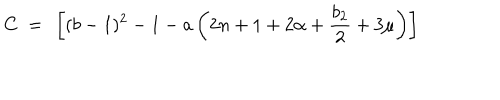
C \ = \ \left[ ( b - 1 ) ^ { 2 } - 1 - a \left( 2 n + 1 + 2 \alpha + \frac { b _ { 2 } } { 2 } + 3 \mu \right) \right]